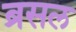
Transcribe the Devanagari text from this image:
ब्रसल